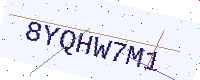
Text: 8YQHW7M1